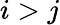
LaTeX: i>j